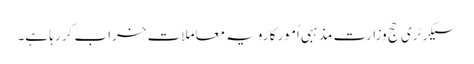
سیکرٹری حج وزارت مذہبی اُمور کا رویہ معاملات خراب کر رہا ہے۔